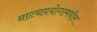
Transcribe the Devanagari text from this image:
नाट्यप्रयोगामधील